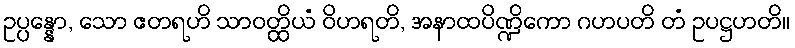
ဥပ္ပန္နော, သော ဧတရဟိ သာဝတ္ထိယံ ဝိဟရတိ, အနာထပိဏ္ဍိကော ဂဟပတိ တံ ဥပဋ္ဌဟတိ။